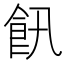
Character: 𲋔